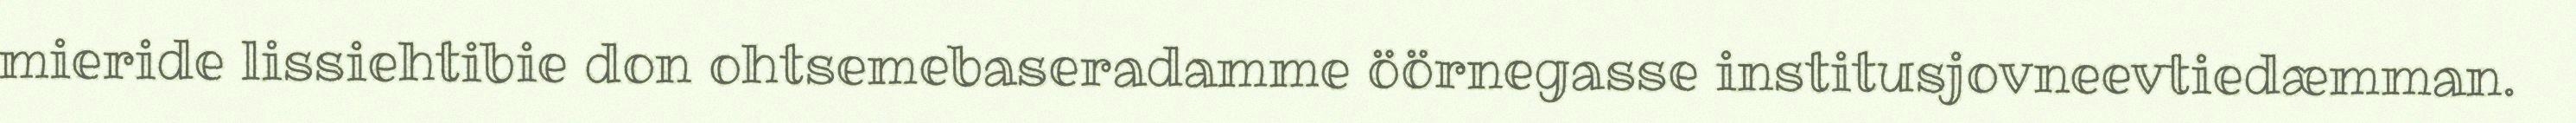
mieride lissiehtibie don ohtsemebaseradamme öörnegasse institusjovneevtiedæmman.